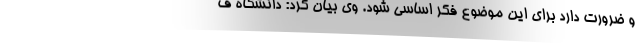
و ضرورت دارد برای این موضوع فکر اساسی شود. وی بیان کرد: دانشگاه ف